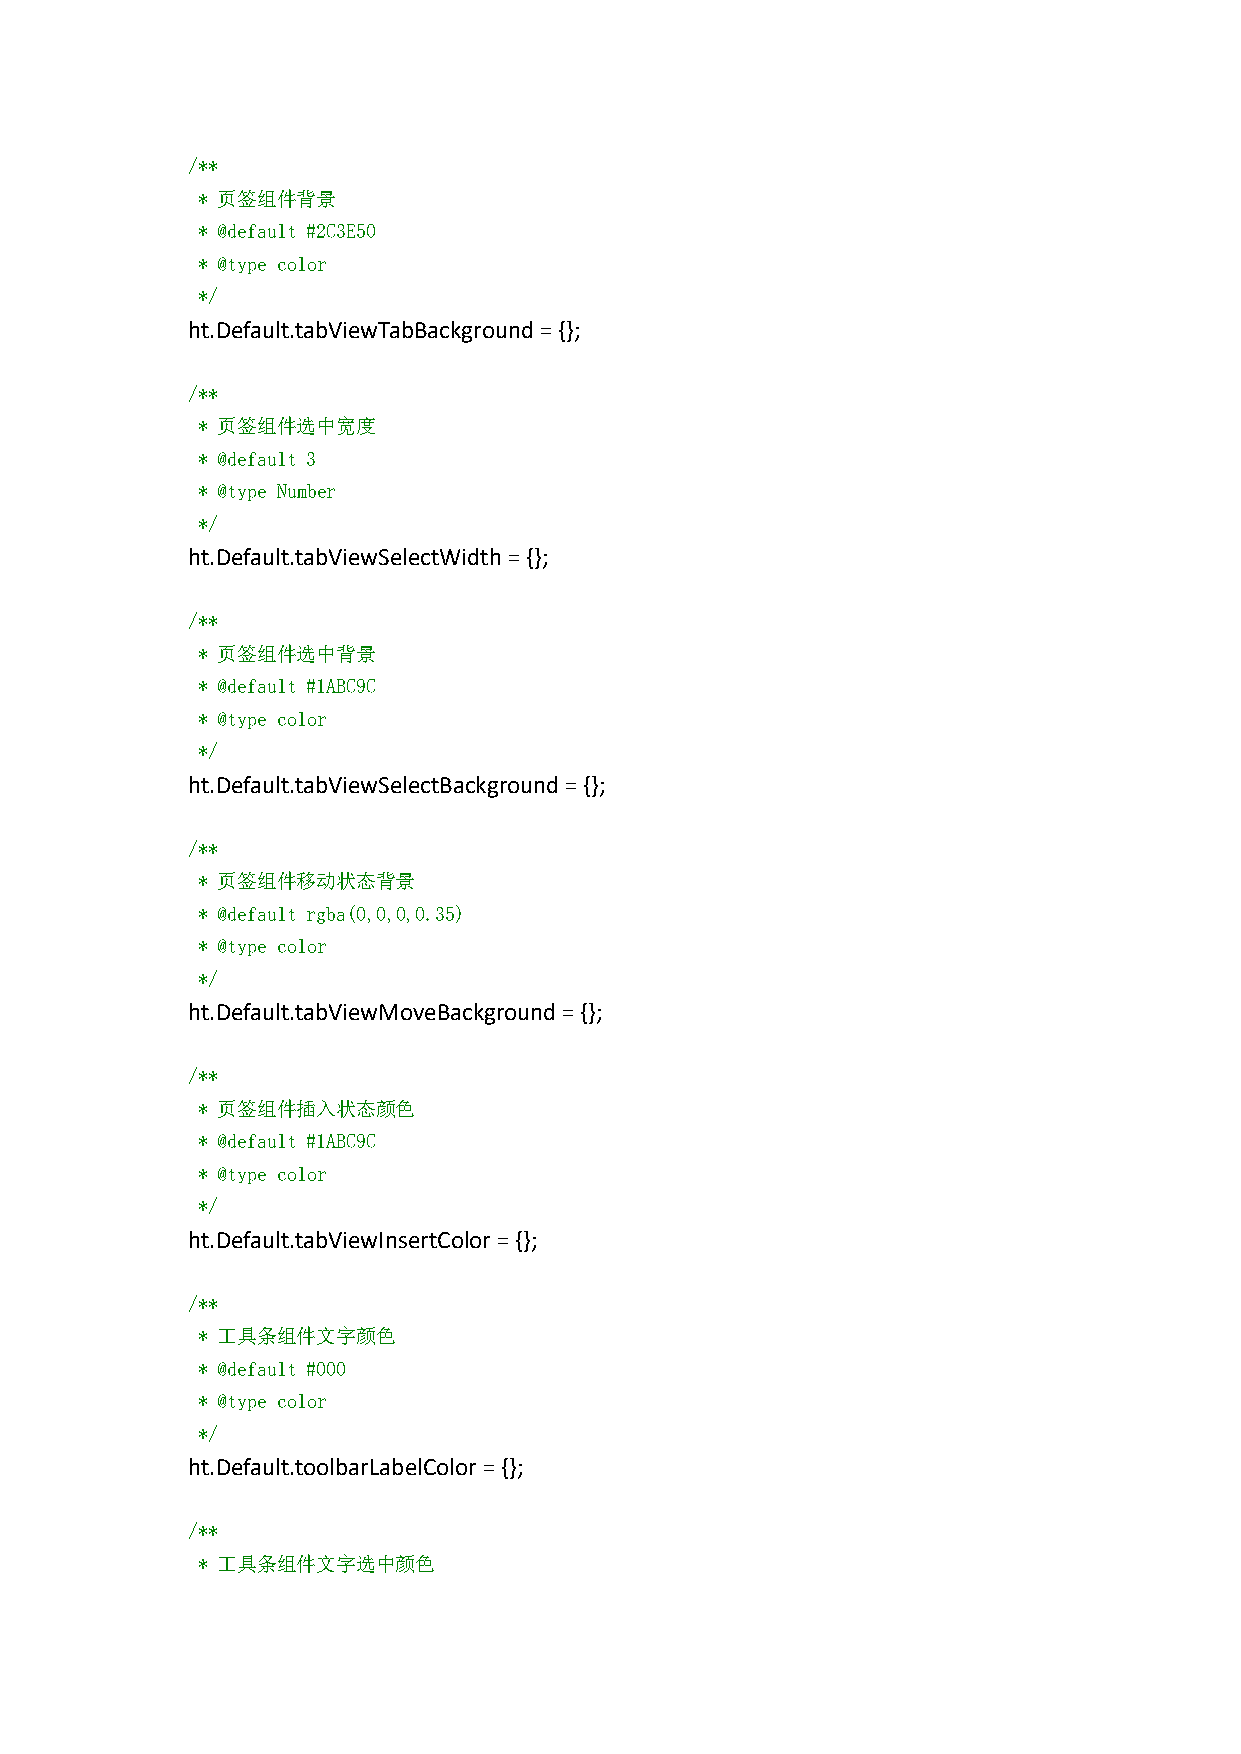
/**
 * 页签组件背景
 * @default #2C3E50
 * @type color
 */
 ht.Default.tabViewTabBackground={};
 /**
 * 页签组件选中宽度
 * @default 3
 * @type Number
 */
 ht.Default.tabViewSelectWidth={};
 /**
 * 页签组件选中背景
 * @default #1ABC9C
 * @type color
 */
 ht.Default.tabViewSelectBackground={};
 /**
 * 页签组件移动状态背景
 * @default rgba(0,0,0,0.35)
 * @type color
 */
 ht.Default.tabViewMoveBackground={};
 /**
 * 页签组件插入状态颜色
 * @default #1ABC9C
 * @type color
 */
 ht.Default.tabViewInsertColor={};
 /**
 * 工具条组件文字颜色
 * @default #000
 * @type color
 */
 ht.Default.toolbarLabelColor={};
 /**
 * 工具条组件文字选中颜色